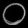
Digit: ၀